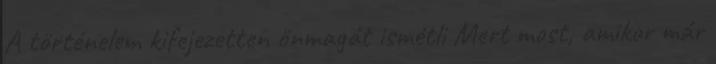
A történelem kifejezetten önmagát ismétli Mert most, amikor már